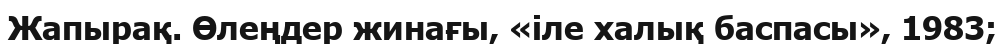
Жапырақ. Өлеңдер жинағы, «іле халық баспасы», 1983;